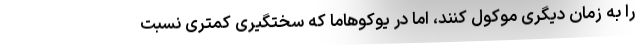
را به زمان دیگری موکول کنند، اما در یوکوهاما که سختگیری کمتری نسبت